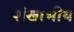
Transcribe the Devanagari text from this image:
शंखाभीय